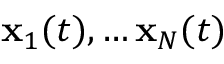
\mathbf { x } _ { 1 } ( t ) , \ldots \mathbf { x } _ { N } ( t )